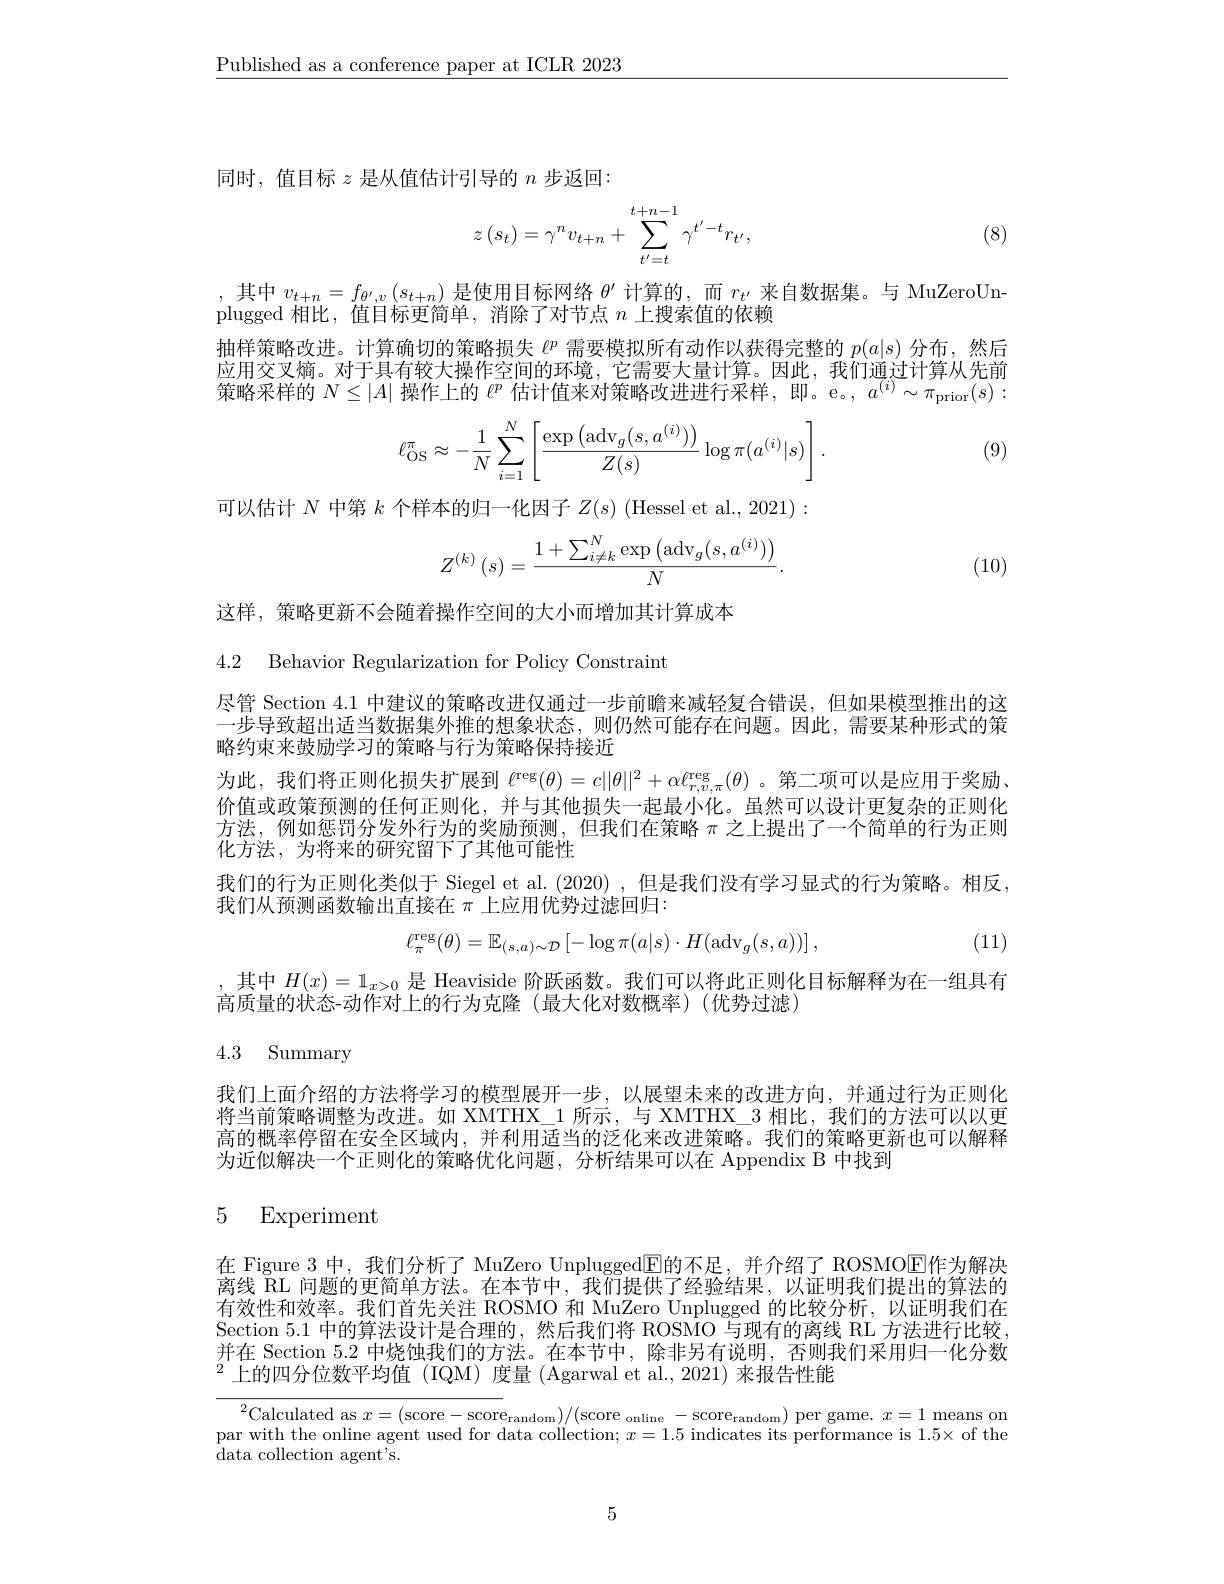
$\underline{\text{Published as a conference paper at ICLR 2023}}$

同时，值目标$z$是从值估计引导的$n$步返回：
$$z\left(s_{t}\right)=\gamma^{n}v_{t+n}+\sum_{t^{\prime}=t}^{t+n-1}\gamma^{t^{\prime}-t}r_{t^{\prime}},$$
(8)

,其中$v_t+n=f_{\theta^{\prime},v}\left(s_{t+n}\right)$是使用目标网络$\theta^\prime$计算的，而$r_t^{\prime}$来自数据集。与 MuZeroUn-
plugged 相比，值目标更简单，消除了对节点$n$上搜索值的依赖
抽样策略改进。计算确切的策略损失$\ell^p$需要模拟所有动作以获得完整的$p(a|s)$分布，然后应用交叉熵。对于具有较大操作空间的环境，它需要大量计算。因此，我们通过计算从先前策略采样的$N\leq|A|$操作上的$\ell^p$估计值来对策略改进进行采样，即。e。$,a^(i)\sim\pi_{\mathrm{prior}}(s):$
$$\ell_{\mathrm{OS}}^{\pi}\approx-\frac{1}{N}\sum_{i=1}^{N}\left[\frac{\exp\left(\mathrm{adv}_{g}(s,a^{(i)})\right)}{Z(s)}\log\pi(a^{(i)}|s)\right].$$
(9)

可以估计$N$中第$k$个样本的归一化因子$Z(s)$ (Hessel et al., 2021):
$$Z^{(k)}\left(s\right)=\frac{1+\sum_{i\neq k}^N\exp\left(\mathrm{adv}_g(s,a^{(i)})\right)}{N}.$$
(10)

这样，策略更新不会随着操作空间的大小而增加其计算成本

4.2 Behavior Regularization for Policy Constraint

尽管 Section 4.1 中建议的策略改进仅通过一步前瞻来减轻复合错误，但如果模型推出的这一步导致超出适当数据集外推的想象状态，则仍然可能存在问题。因此，需要某种形式的策略约束来鼓励学习的策略与行为策略保持接近

为此，我们将正则化损失扩展到$\ell^\mathrm{reg}(\theta)=c||\theta||^2+\alpha\ell_{r,v,\pi}^\mathrm{reg}(\theta)$。第二项可以是应用于奖励、 价值或政策预测的任何正则化，并与其他损失一起最小化。虽然可以设计更复杂的正则化方法，例如惩罚分发外行为的奖励预测，但我们在策略$\pi$之上提出了一个简单的行为正则化方法，为将来的研究留下了其他可能性
我们的行为正则化类似于 Siegel et al. (2020) ,但是我们没有学习显式的行为策略。相反，
我们从预测函数输出直接在$\pi$上应用优势过滤回归：

(11)
$$\ell_{\pi}^{\mathrm{reg}}(\theta)=\mathbb{E}_{(s,a)\sim\mathcal{D}}\left[-\log\pi(a|s)\cdot H(\mathrm{adv}_{g}(s,a))\right],$$
其中$H(x)=1_{x>0}$是 Heaviside 阶跃函数。我们可以将此正则化目标解释为在一组具有
高质量的状态-动作对上的行为克隆(最大化对数概率)(优势过滤)

# 4.3 Summary

我们上面介绍的方法将学习的模型展开一步，以展望未来的改进方向，并通过行为正则化将当前策略调整为改进。如 XMTHX\_1 所示，与 XMTHX\_3 相比，我们的方法可以以更高的概率停留在安全区域内，并利用适当的泛化来改进策略。我们的策略更新也可以解释为近似解决一个正则化的策略优化问题，分析结果可以在 Appendix B 中找到

### 5 Experiment

在 Figure 3 中，我们分析了 MuZero Unplugged$\boxed{\mathrm{F}}$的不足，并介绍了 ROSMOE作为解决离线RL问题的更简单方法。在本节中，我们提供了经验结果，以证明我们提出的算法的有效性和效率。我们首先关注 ROSMO 和 MuZero Unplugged 的比较分析，以证明我们在Section 5.1中的算法设计是合理的，然后我们将 ROSMO 与现有的离线 RL 方法进行比较并在 Section 5.2 中烧蚀我们的方法。在本节中，除非另有说明，否则我们采用归一化分数$^{2}$上的四分位数平均值(IQM)度量(Agarwal et al.,2021)来报告性能

${^2\text{Calculated as }x=(\text{score}-\text{score}_{\text{random}})/(\text{score}_{\text{online}}-\text{score}_{\text{random}})\text{ per game. }x=1\text{ means on}}$ par with the online agent used for data collection; $x=1.5$ indicates its performance is $1.5\times$ of the data collection agent's.

5